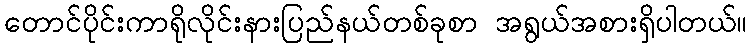
တောင်ပိုင်းကာရိုလိုင်းနားပြည်နယ်တစ်ခုစာ အရွယ်အစားရှိပါတယ်။